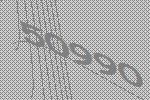
50990